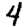
Digit: 4